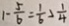
1 - \frac { 5 } { 6 } = \frac { 1 } { 6 } \geq \frac { 1 } { 4 }